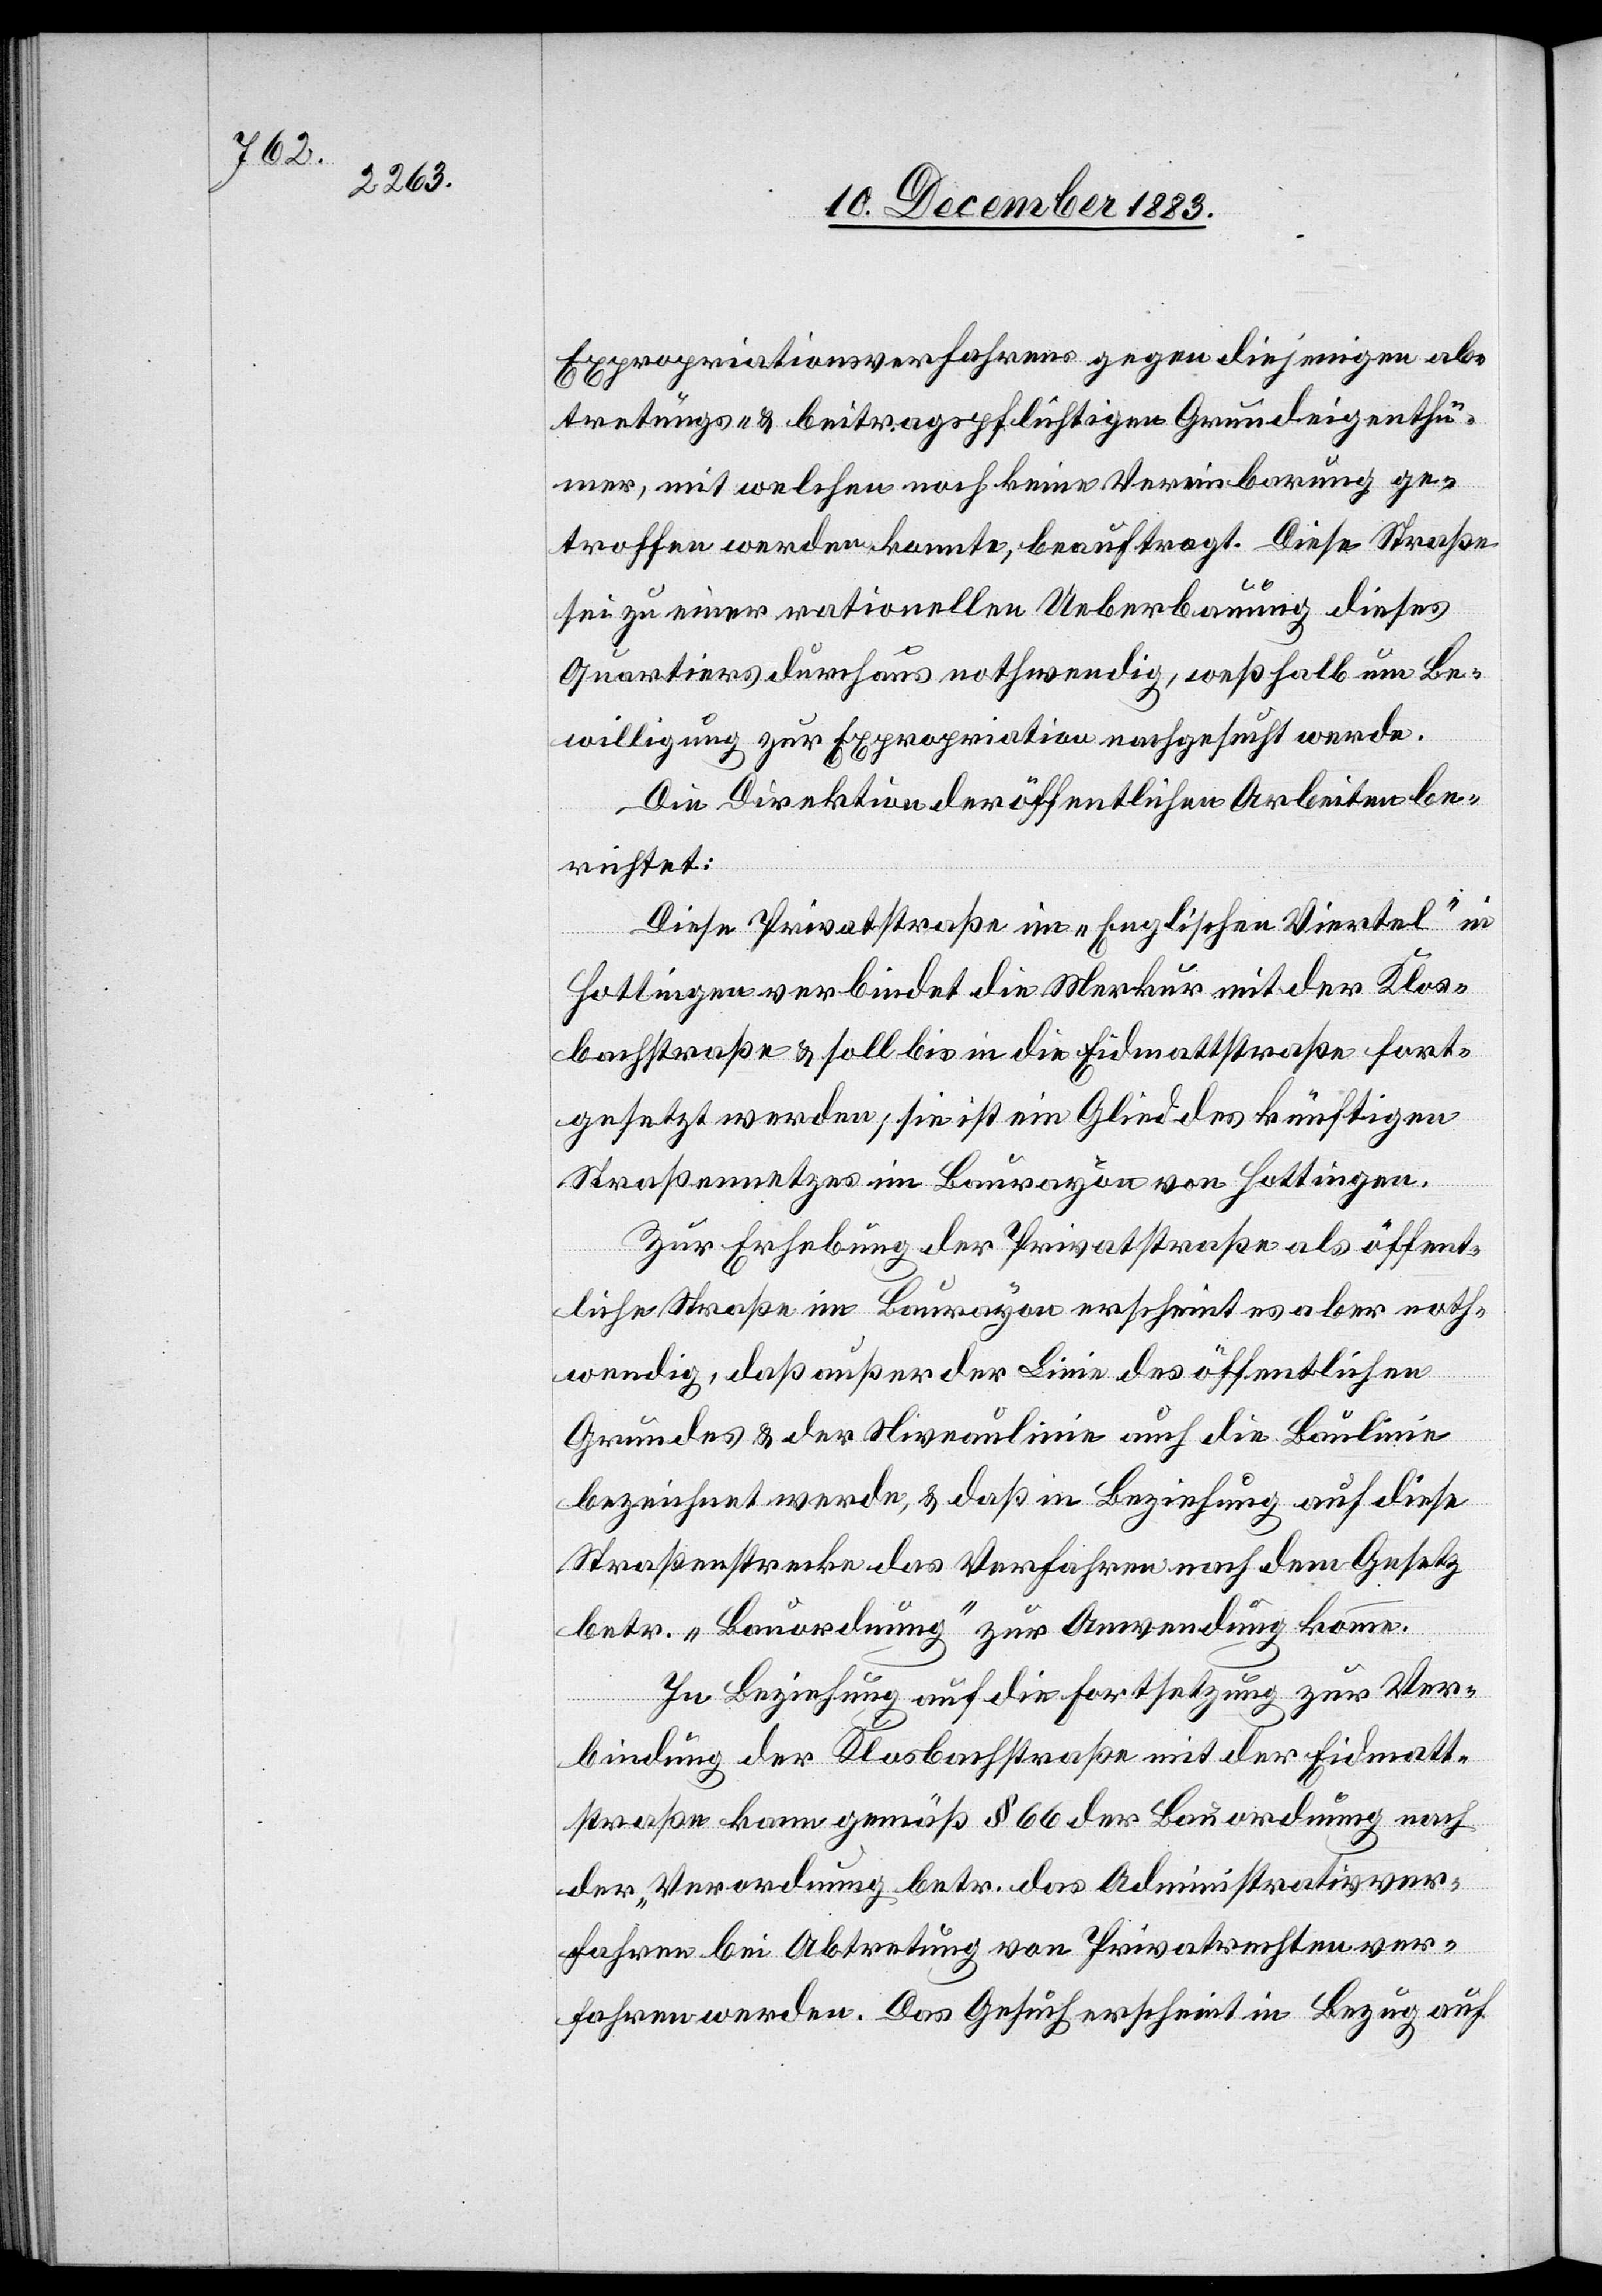
Expropriationsverfahrens gegen diejenigen Grunde¬
ümer, mit welchen noch keine Vereinbarung ge¬
troffen werden konnte, beauftragt. Diese Straße
igenth¬
sei zu einer rationellen Ueberbauung dieses
Quartiers durchaus nothwendig, weßhalb um Be¬
willigung zur Expropriation nachgesucht wurde.
Die Direktion der öffentlichen Arbeiten be¬
richtet:
Diese Privatstraße im „Englischen Viertel“ in
Hottingen verbindet die Merkur[-] mit der Klos¬
bachstraße & soll bis in die Eidmattstraße fort¬
gesetzt werden; sie ist ein Glied des künftigen
Straßennetzes im Baurayon von Hottingen.
Zur Erhebung der Privatstraße als öffent¬
liche Straße im Baurayon erscheint es aber noth¬
wendig, daß außer der Linie des öffentlichen
Grundes & der Niveaulinie auch die Baulinie
bezeichnet werde, & daß in Beziehung auf diese
Straßenstrecke das Verfahren nach dem Gesetz
betr. „Bauordnung“ zur Anwendung komme.
In Beziehung auf die Fortsetzung zur Ver¬
bindung der Klosbachstraße mit der Eidmatt¬
straße kann gemäß § 66 der Bauordnung nach
der „Verordnung betr. das Administrativver¬
fahren bei Abtretung von Privatrechten“ ver¬
fahren werden. Das Gesuch erscheint in Bezug auf